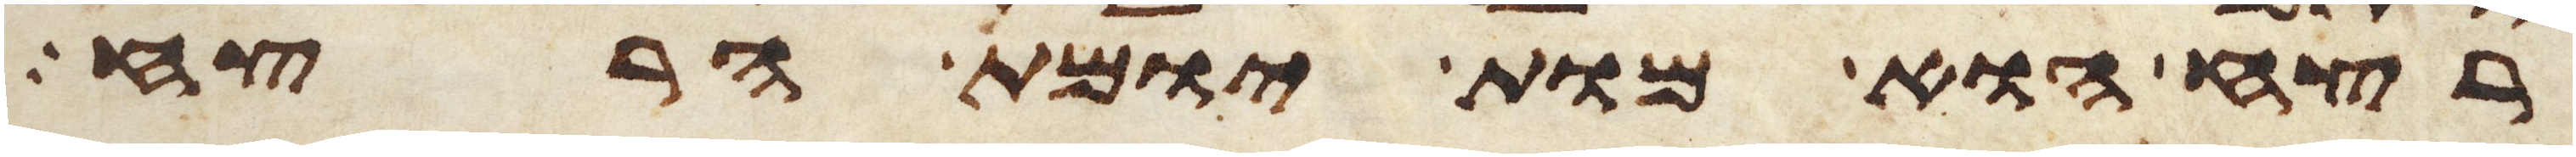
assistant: רצח הוא מות יומת הרצח